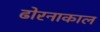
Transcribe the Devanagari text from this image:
ढोरनाकाल